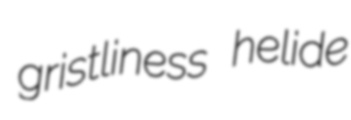
gristliness helide